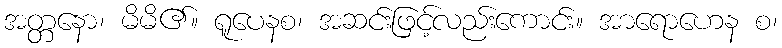
အတ္တနော၊ မိမိ၏။ ရူပေနစ၊ အဆင်းဖြင့်လည်းကောင်း။ အာရောဟေန စ၊